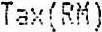
TAX(RM)